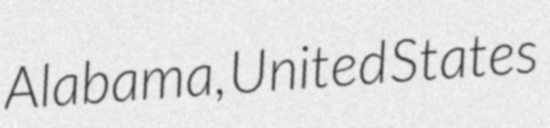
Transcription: Alabama, United States